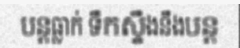
បន្តធ្លាក់ ទឹកស្ទឹងនឹងបន្ត